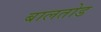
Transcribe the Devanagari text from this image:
बालतोड